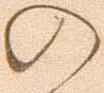
の